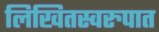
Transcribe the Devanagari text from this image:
लिखितस्वरुपात